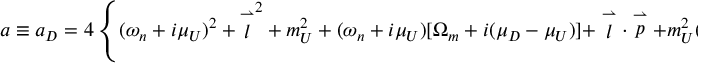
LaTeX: a \equiv a _ { D } = 4 \left\{ ( \omega _ { n } + i \mu _ { U } ) ^ { 2 } + { \stackrel { \rightharpoonup } { l } } ^ { 2 } + m _ { U } ^ { 2 } + ( \omega _ { n } + i \mu _ { U } ) [ \Omega _ { m } + i ( \mu _ { D } - \mu _ { U } ) ] + \stackrel { \rightharpoonup } { l } \cdot \stackrel { \rightharpoonup } { p } + m _ { U } ^ { 2 } ( m _ { D } ^ { 2 } - m _ { U } ^ { 2 } ) / ( m _ { U } ^ { 2 } + m _ { D } ^ { 2 } ) \right\} .